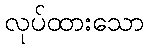
လုပ်ထားသော